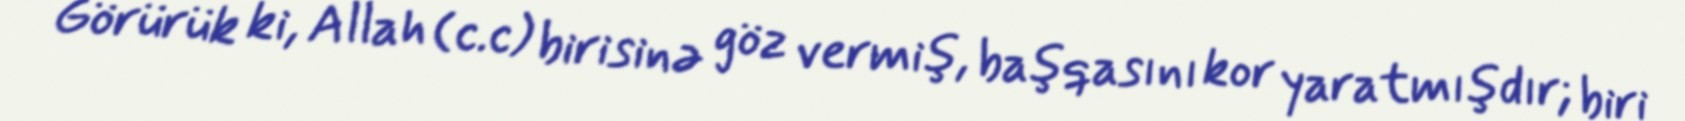
Görürük ki, Allah (c.c) birisinə göz vermiş, başqasını kor yaratmışdır; biri